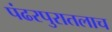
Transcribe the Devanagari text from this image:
पंढरपुरातलाच